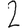
Digit: 2